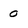
Character: o